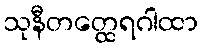
သုနီတတ္ထေရဂါထာ